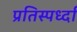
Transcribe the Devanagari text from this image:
प्रतिस्पर्ध्दा